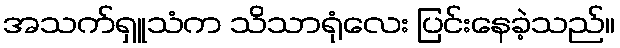
အသက်ရှူသံက သိသာရုံလေး ပြင်းနေခဲ့သည်။